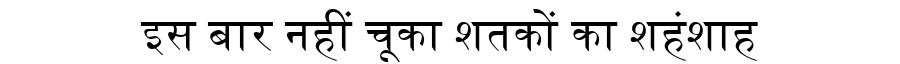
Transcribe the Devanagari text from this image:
इस बार नहीं चूका शतकों का शहंशाह